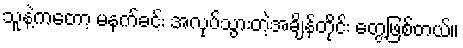
သူနဲ့ကတော့ မနက်ခင်း အလုပ်သွားတဲ့အချိန်တိုင်း တွေ့ဖြစ်တယ်။